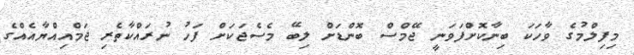
މިފިލްމުގެ ވާހަކަ ބިނާކޮށްފަވަނީ ޖޭމްސް ބޮންޑަށް ލިބޭ މެސެޖަކަށް ފަހު ނުރައްކާތެރި ޖަމްއިއްޔާއެއްގެ